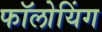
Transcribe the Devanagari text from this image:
फॉलोयिंग